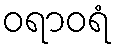
ဝရာဝရံ